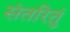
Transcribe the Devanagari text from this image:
संतरितुं